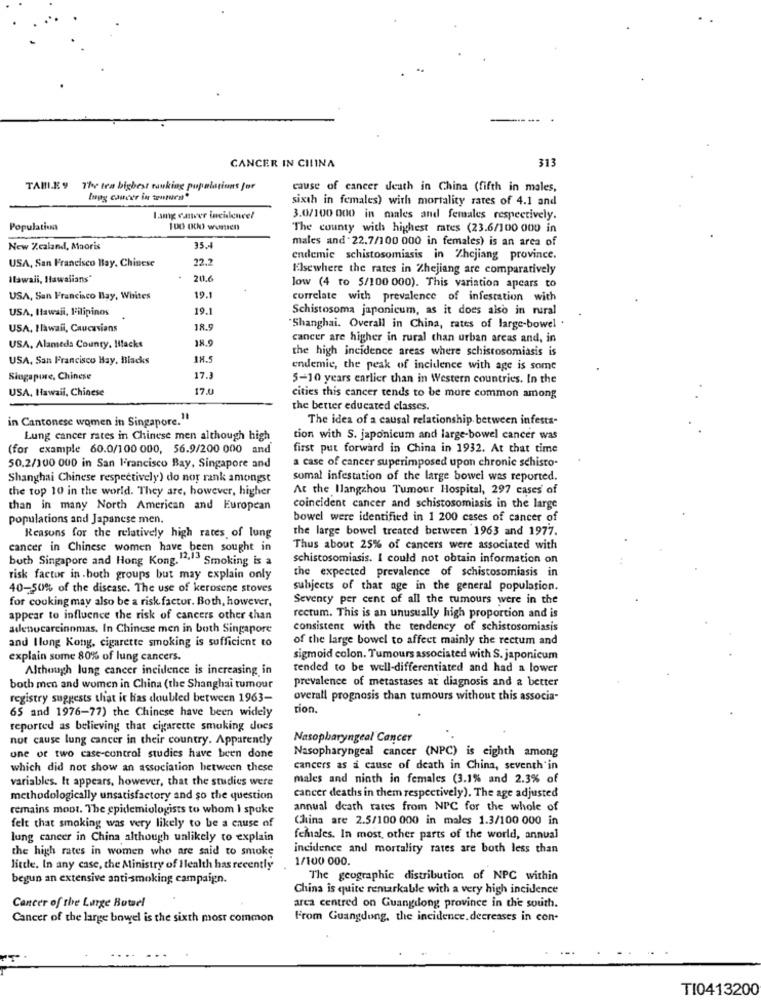
313
CANCER IN CHINA
TAM.EY
The tea bigbest ranking populations for
cause of cancer death in China (fifth in males,
lung cancer in teuren"
sixth in females) with mortality rates of 4.1 and
Lamg enwver incidence!
3.0/100 000 in males and females respectively.
Populationa
100 000 women
The county with highest mates (23.6/100 000 in
males and 22.7/100 000 in females) is an area of
New Zealand, Maoris
35.4
USA, San Francisco Bay. Chinese
22.2
endemie schistosomiasis in Zhejiang province.
Elsewhere the rates in Zhejiang are comparatively
Ilawali, Hawalians"
20.6
low (4 to 5/100 000). This variation apears to
USA, San Francisco Bay, Whites
19.1
correlate with prevalence of infestation with
USA, Hawaii, Filipinos
19.1
Schistosoma japonicum, as it does also in rural
USA, Hawaii, Caucasians
18.5
"Shanghai. Overall in China, rates of large-bowel .
18.9
cancer are higher in rural than urban areas and, in
USA, Alameda County, lacks
the high incidence areas where schistosomiasis is
USA, San Francisco Hay, Blacks
18.5
endemie, the peak of incidence with age is some
Singapore, Chinese
17.3
5-10 years earlier than in Western countries. In the
USA, Hawaii, Chinese
17.0
cities this cancer tends to be more common among
the better educated classes.
in Cantonese women in Singapore.1
The idea of a causal relationship between infesta-
Lung cancer rates in Chinese men although high
tion with S. japonicum and large-bowel cancer was
(for example 60.0/100 000, 56.9/200 000 and
first put forward in China in 1932. At that time
a case of cancer superimposed upon chronic schisto-
50.2/100 000 in San Francisco Bay, Singapore and
Shanghai Chinese respectively) do nor rank amongst
somal infestation of the large bowel was reported.
the top 10 in the world. They are, however, higher
At the Ilangzhou Tumour Hospital, 297 cases of
than in many North American and European
coincident cancer and schistosomiasis in the large
populations and Japanese men.
bowel were identified in 1 200 cases of cancer of
the large bowel treated between 1963 and 1977.
Reasons for the relatively high rates of lung
cancer in Chinese women have been sought in
Thus about 25% of cancers were associated with
buth Singapore and Hong Kong."". Smoking is a
schistosomiasis. I could not obtain information on
the expected prevalence of schistosomiasis in
risk factor in.both groups but may explain only
40-50% of the disease. The use of kerosene stoves
subjects of that age in the general population.
for cooking may also be a risk factor. Both, however,
Seventy per cent of all the tumours were in the
appear to influence the risk of cancers other than
rectum. This is an unusually high proportion and is
adenocarcinomas. In Chinese men in both Singapore
consistent with the tendency of schistosomiasis
and Ilong Kong, cigarette smoking is sufficient to
of the large bowel to affect mainly the rectum and
explain some 80% of lung cancers.
sigmoid colon. Tumours associated with S. japonicum
Although lung cancer incidence is increasing in
tended to be well-differentiated and had a lower
prevalence of metastases at diagnosis and a better
both men and women in China (the Shanghai tumour
registry suggests that it has doubled between 1963-
overall prognosis than tumours without this associa-
65 and 1976-77) the Chinese have been widely
tion.
reported as believing that cigarette smoking does
not cause lung cancer in their country. Apparently
Nasopharyngeal Cancer
Nasopharyngeal cancer (NPC) is eighth among
one or two case-control studies have been done
which did not show an association between these
cancers as a cause of death in China, seventh'in
variables. It appears, however, that the studies were
males and ninth in females (3.1% and 2.3% of
methodologically unsatisfactory and so the question
cancer deaths in them respectively). The age adjusted
remains moot. The epidemiologists to whom I spoke
annual death rates from NPC for the whole of
China are 2.5/100 000 in males 1.3/100 000 in
felt that smoking was very likely to be a cause of
lung cancer in China although unlikely to explain
females. In most other parts of the world, annual
the high rates in women who are said to smoke
incidence and mortality rates are both less than
1/100 000.
little. In any case, the Ministry of Health has recently
begun an extensive anti-smoking campaign.
The geographic distribution of NPC within
China is quite remarkable with a very high incidence
Cancer of the Linge Bowel
arca centred on Guangdong province in the south.
Cancer of the large bowel is the sixth most common
From Guangdong, the incidence. decreases in con-
TI0413200